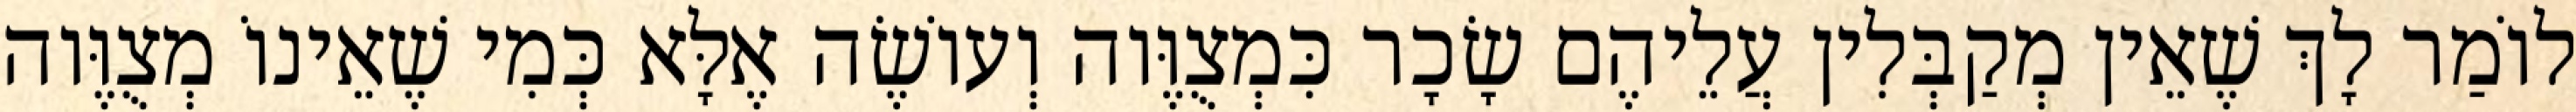
לוֹמַר לָךְ שֶׁאֵין מְקַבְּלִין עֲלֵיהֶם שָׂכָר כִּמְצֻוֶּוה וְעוֹשֶׂה אֶלָּא כְּמִי שֶׁאֵינוֹ מְצֻוֶּוה